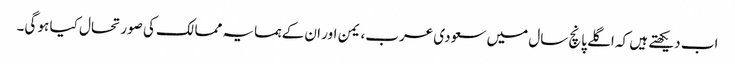
اب دیکھتے ہیں کہ اگلے پانچ سال میں سعودی عرب، یمن اور ان کے ہمسایہ ممالک کی صورتحال کیا ہو گی۔